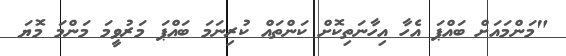
"މަންމައަށް ބައްޕަ އެހާ އިހާނަތިކޮށް ކަންތައް ކުރިނަމަ ބައްޕަ މަރުވީމަ މަންމަ މޮޔަ